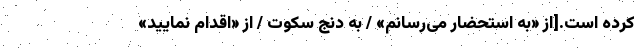
کرده است.[از «به استحضار می‌رسانم» / به دنجِ سکوت / از «اقدام نمایید»